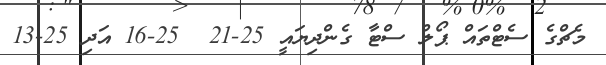
މެޗްގެ ސެޓްތައް ޕޯލް ސްޓާ ގެންދިޔައީ 25-21  25-16 އަދި 25-13